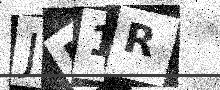
Text: JI1R